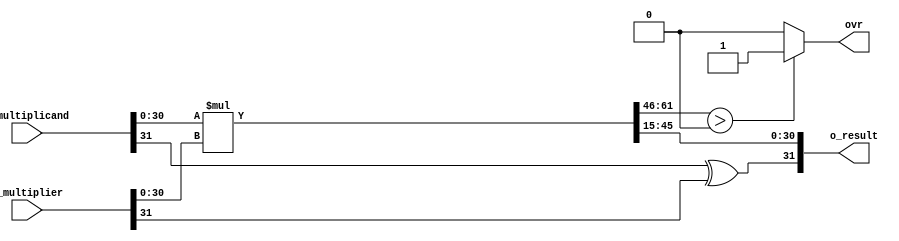
module qmult_1 #(
	parameter Q = 15,
	parameter N = 32
	)
	(
	 input			[N-1:0]	i_multiplicand,
	 input			[N-1:0]	i_multiplier,
	 output			[N-1:0]	o_result,
	 output	reg				ovr
	 );
	reg [2*N-1:0]	r_result;		
	reg [N-1:0]		r_RetVal;
	assign o_result = r_RetVal;	
	always @(i_multiplicand, i_multiplier)	begin						
		r_result <= i_multiplicand[N-2:0] * i_multiplier[N-2:0];	
		end
	always @(r_result) begin													
		r_RetVal[N-1] <= i_multiplicand[N-1] ^ i_multiplier[N-1];	
		r_RetVal[N-2:0] <= r_result[N-2+Q:Q];								
		if (r_result[2*N-2:N-1+Q] > 0)										
			ovr <= 1'b1;
		else
			ovr <= 1'b0;
		end
endmodule